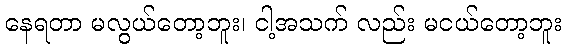
နေရတာ မလွယ်တော့ဘူး၊ ငါ့အသက် လည်း မငယ်တော့ဘူး